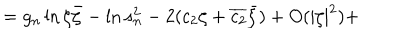
= g _ { n } \ln \zeta \bar { \zeta } - \ln s _ { n } ^ { 2 } - 2 ( c _ { 2 } \zeta + \overline { { { c _ { 2 } } } } \bar { \zeta } ) + O ( | \zeta | ^ { 2 } ) +